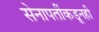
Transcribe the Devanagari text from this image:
सेनापतींकडूनही